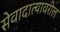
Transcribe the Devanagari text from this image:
सेवादात्यावरील